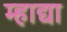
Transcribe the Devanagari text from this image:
म्हाद्या